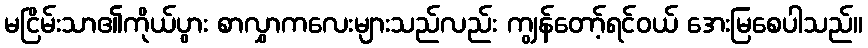
မငြိမ်းသာ၏ကိုယ်ပွား စာလွှာကလေးများသည်လည်း ကျွန်တော့်ရင်ဝယ် အေးမြစေပါသည်။